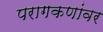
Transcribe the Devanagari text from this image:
परागकणांवर